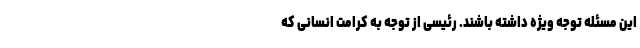
این مسئله توجه ویژه داشته باشند. رئیسی از توجه به کرامت انسانی که